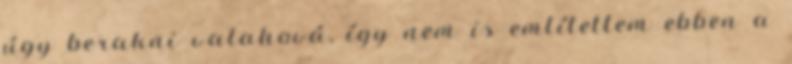
úgy berakni valahová, így nem is említettem ebben a